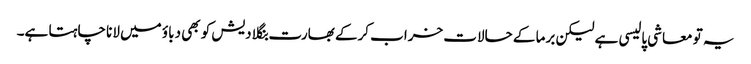
یہ تو معاشی پالیسی ہے لیکن برما کے حالات خراب کرکے بھارت بنگلا دیش کو بھی دباؤ میں لانا چاہتا ہے۔